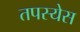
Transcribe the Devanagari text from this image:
तपस्येस